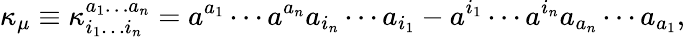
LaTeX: \kappa_{\mu}\equiv\kappa_{i_{1}\ldots i_{n}}^{a_{1}\ldots a_{n}}=a^{a_{1}}\cdots a^{a_{n}}a_{i_{n}}\cdots a_{i_{1}}-a^{i_{1}}\cdots a^{i_{n}}a_{a_{n}}\cdots a_{a_{1}},